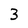
Character: 3